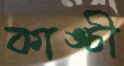
কাঙ্চী